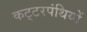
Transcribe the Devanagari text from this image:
कट्‍टरपंथियों